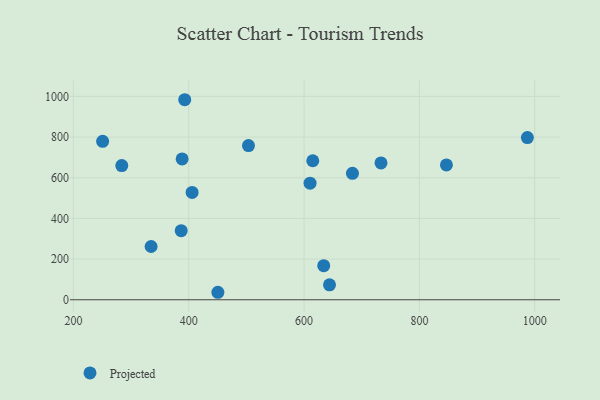
{"axis": {"x": "Speed", "y": "Salary"}, "legend": ["Projected"], "data": [{"x": "250.6", "y": 779.0, "type": "Projected"}, {"x": "634.1", "y": 167.6, "type": "Projected"}, {"x": "615.1", "y": 683.5, "type": "Projected"}, {"x": "388.5", "y": 692.6, "type": "Projected"}, {"x": "386.9", "y": 339.5, "type": "Projected"}, {"x": "846.9", "y": 663.3, "type": "Projected"}, {"x": "503.6", "y": 758.1, "type": "Projected"}, {"x": "283.8", "y": 659.8, "type": "Projected"}, {"x": "644.1", "y": 73.6, "type": "Projected"}, {"x": "334.7", "y": 262.0, "type": "Projected"}, {"x": "733.4", "y": 673.1, "type": "Projected"}, {"x": "405.8", "y": 528.0, "type": "Projected"}, {"x": "450.5", "y": 36.8, "type": "Projected"}, {"x": "610.4", "y": 573.1, "type": "Projected"}, {"x": "683.9", "y": 621.6, "type": "Projected"}, {"x": "987.3", "y": 797.8, "type": "Projected"}, {"x": "393.0", "y": 983.7, "type": "Projected"}]}